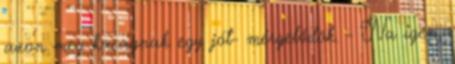
azon meg kacagnak egy jót- mérgelődök. - Na igen,